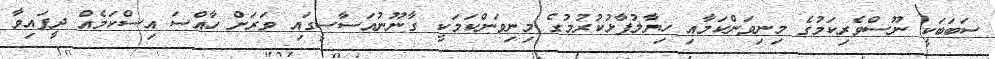
ސަބަބަކީ ނޫސްވެރިކަމުގެ މިނިވަންކަމާއި ހިޔާލުފާޅުކުރުމުގެ މިނިވަންކަމަކީ ގާނޫނުއަސާސީގައި ވަރަށް ހާއްސަ އިސްކަމެއް ދީފައިވާ